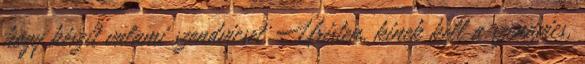
hogy készít valami szendvicset. Úristen, kinek kell a szendvics,